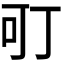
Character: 𭇄